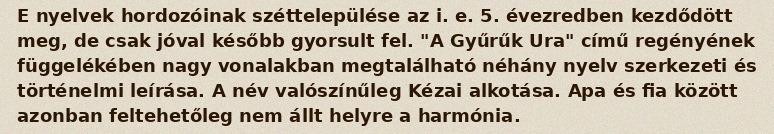
E nyelvek hordozóinak széttelepülése az i. e. 5. évezredben kezdődött meg, de csak jóval később gyorsult fel. "A Gyűrűk Ura" című regényének függelékében nagy vonalakban megtalálható néhány nyelv szerkezeti és történelmi leírása. A név valószínűleg Kézai alkotása. Apa és fia között azonban feltehetőleg nem állt helyre a harmónia.